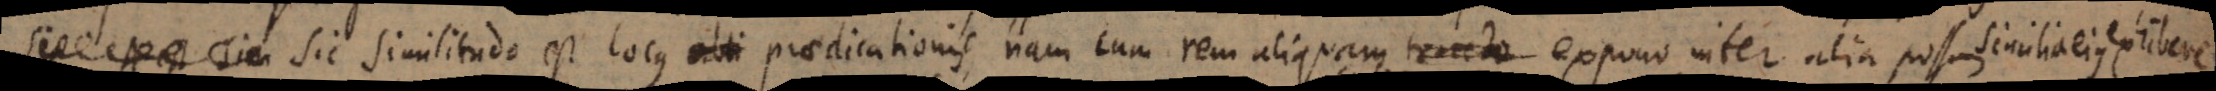
ies. Sic similitudo est locus obli praedicationis, nam cum rem aliquam tracto expono, inter alia possum similia ejus exhibere.